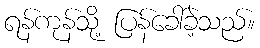
ရန်ကုန်သို့ ပြန်ခေါ်ခဲ့သည်။